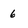
Character: 6